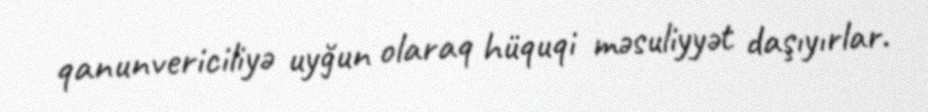
qanunvericiliyə uyğun olaraq hüquqi məsuliyyət daşıyırlar.